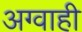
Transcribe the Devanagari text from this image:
अग्वाही